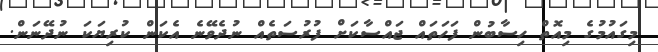
މިގައުމުގެ މިއޮތް ހިސާބުން ފަހަތައް ޖައްސާކަށް ފުރުސަތެއް ނުދެވޭނެ އެކަން ކުރިޔަކަ ނުދޭނަން.